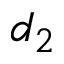
d _ { 2 }